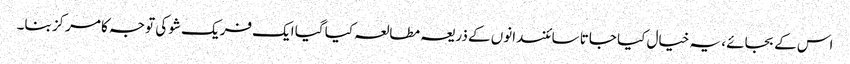
اس کے بجائے ، یہ خیال کیا جاتا سائنسدانوں کے ذریعہ مطالعہ کیا گیا ایک فریک شو کی توجہ کا مرکز بنا۔